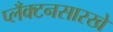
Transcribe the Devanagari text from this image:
प्लँक्टनसारखे